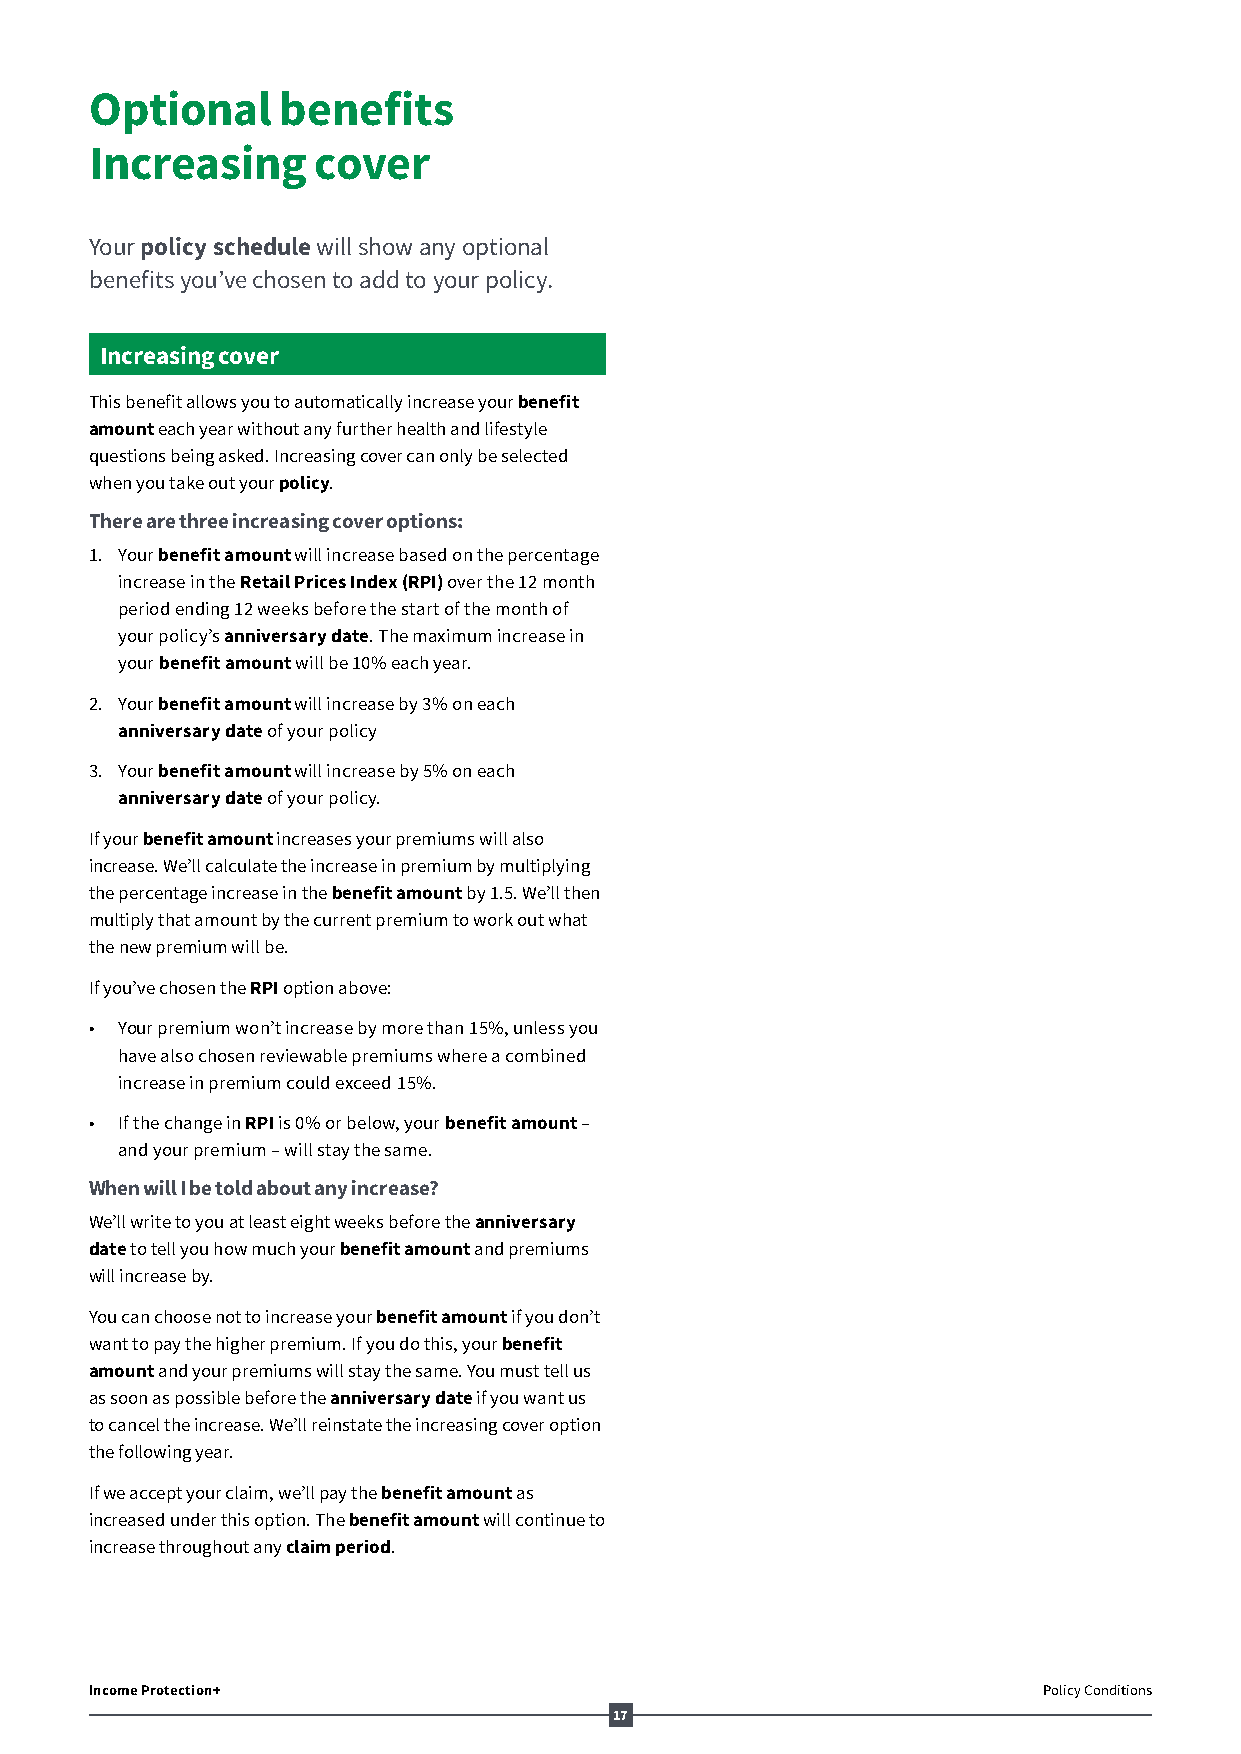
Optional    benefits
 Increasing     cover
 Your policy schedule will show any optional
 benefits you’ve chosen to add to your policy.
 Increasing cover
 This benefit allows you to automatically increase your benefit
 amount each year without any further health and lifestyle
 questions being asked. Increasing cover can only be selected
 when you take out your policy.
 There are three increasing cover options:
 1. Your benefit amount will increase based on the percentage
 increase in the Retail Prices Index (RPI) over the 12 month
 period ending 12 weeks before the start of the month of
 your policy’s anniversary date. The maximum increase in
 your benefit amount will be 10% each year.
 2. Your benefit amount will increase by 3% on each
 anniversary date of your policy
 3. Your benefit amount will increase by 5% on each
 anniversary date of your policy.
 If your benefit amount increases your premiums will also
 increase. We’ll calculate the increase in premium by multiplying
 the percentage increase in the benefit amount by 1.5. We’ll then
 multiply that amount by the current premium to work out what
 the new premium will be.
 If you’ve chosen the RPI option above:
 • Your premium won’t increase by more than 15%, unless you
 have also chosen reviewable premiums where a combined
 increase in premium could exceed 15%.
 • If the change in RPI is 0% or below, your benefit amount –
 and your premium – will stay the same.
 When will I be told about any increase?
 We’ll write to you at least eight weeks before the anniversary
 date to tell you how much your benefit amount and premiums
 will increase by.
 You can choose not to increase your benefit amount if you don’t
 want to pay the higher premium. If you do this, your benefit
 amount and your premiums will stay the same. You must tell us
 as soon as possible before the anniversary date if you want us
 to cancel the increase. We’ll reinstate the increasing cover option
 the following year.
 If we accept your claim, we’ll pay the benefit amount as
 increased under this option. The benefit amount will continue to
 increase throughout any claim period.
 Income Protection+                                             Policy Conditions
 17
 AV164201_AL52002_1218.indd 17                                            06/12/18 12:56 AM